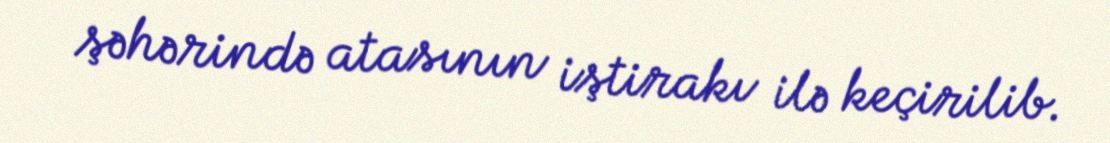
şəhərində atasının iştirakı ilə keçirilib.